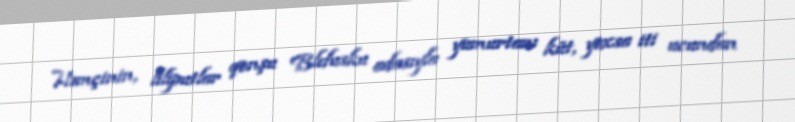
Həmçinin, liliputlar qonşu Blefusku adasıyla yumurtanı küt, yoxsa iti ucundan